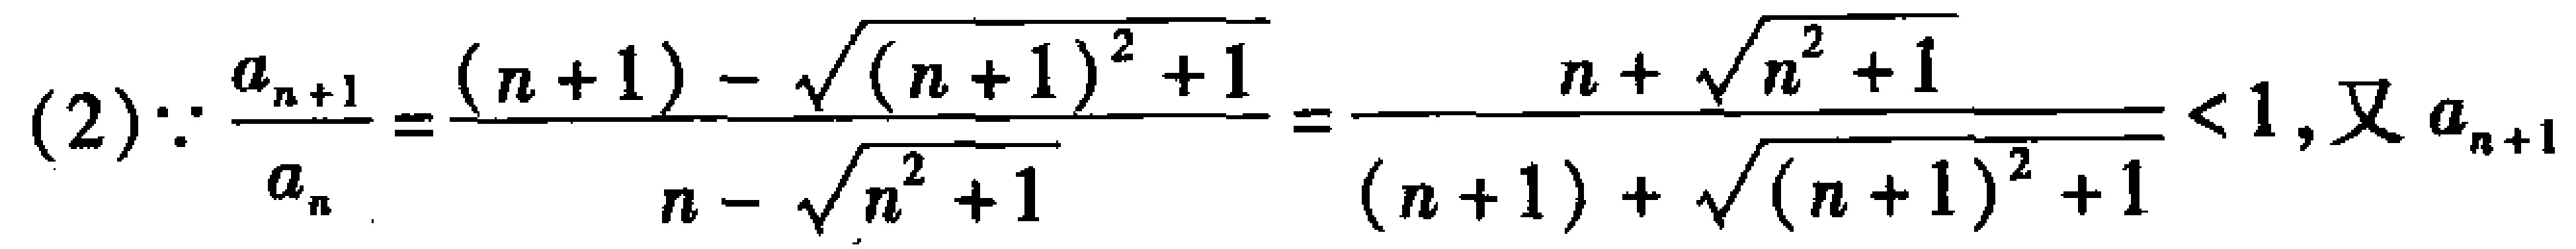
(2)$\because \frac{a_{n + 1}}{a_{n}}=\frac{(n + 1)-\sqrt{(n + 1)^{2}+1}}{n-\sqrt{n^{2}+1}}=\frac{n+\sqrt{n^{2}+1}}{(n + 1)+\sqrt{(n + 1)^{2}+1}}<1$, 又$a_{n+1}$